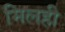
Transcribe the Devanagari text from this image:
मिलही